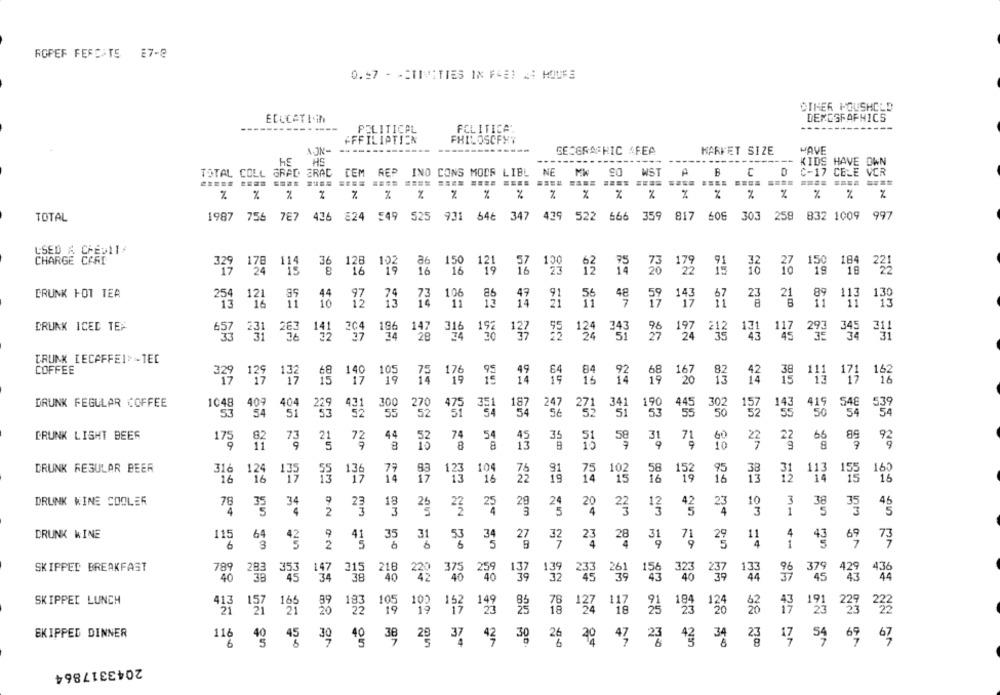
ROPEF FERCATS E7-8
0.57 - ACTIVITIES IN F4EI A4 HOURS
OTHER POUSHOLD
EDUCATION
DEMOSFAPHICS
-------
POLITICAL
FCLITICA
PHILOSOPHY
AFFILIATION
NJN-
GEOGRAPHIC AREA
MARKET SIZE
HAVE
HE
HE
-----
KIDS HAVE OWN
TOTAL COLL GRAD CRAC
DEM REP INO CONS MODR LIBL
NE
WST
A
B
C
C-17 CELE VOR
%
%
%
%
%
%
%
%
%
%
%
%
%
%
%
832 1009 997
TOTAL
1987 756 787 436 824 549 525
931 646 347
439
522 666 359 817 606 303 258
USED & CREDII
CHARGE CARD
36
128
86
150
150 184
178 114
16
121
16
3
179
221
17 24
"16
16
DRUNK HOT TEA
73
106
23 21 87 113
29, 16
59
67
DRUNK ICED TEA
186
657 231 267
141
204
12
316
137
35 134
197
243
117
DRUNK [ECAFFEI -TEC
COFFEE
140
105
17
162
19
==
19
==
19
16
14
DRUNK FEGULAR COFFEE
1048
409
548
300
270
187
247
273
341
419
54
233 431
55
475
132
54
DRUNK LIGHT BEER
44
74
54
35
175
82
73
21 73
31
71
22
65
92
8
13
E6 52
89
DRUNK REGULAR BEER
316
125
77
104
160
16
1.35
33 139
14
1,23
16
22
15%
113 155
16
DRUNK WINE COOLER
78
34
18
24
20
23
3
4
24
3
22
4
38
35
DRUNK WINE
64
35
115
34
23
31
11
6
2
41
31
28
49 69 73
04
SKIPPED BREAKFAST
789
283
379
429
43
40
38
45
147 315
38
218
229 378
40
153
323
13
44
32
SKIPPED LUNCH
165
413
157
39 183
153
199
118
194
130
62
43
191 23 2
18 124
SKIPPED DINNER
116
30
34
17
54
69
45
30 48
38
37
42
26
47,
23
4g
67
2043317864